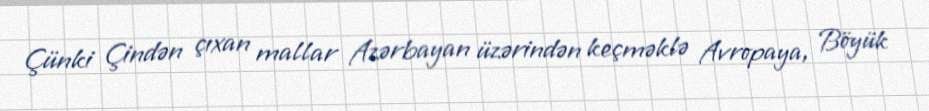
Çünki Çindən çıxan mallar Azərbayan üzərindən keçməklə Avropaya, Böyük